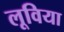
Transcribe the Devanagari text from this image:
लूविया